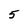
Character: 5